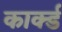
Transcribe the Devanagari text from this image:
कार्क्ड